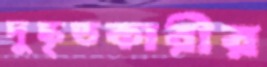
দুষ্কৃতকারীর